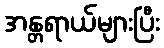
အန္တရာယ်များပြီး